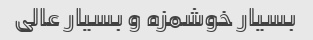
بسیار خوشمزه و بسیار عالی